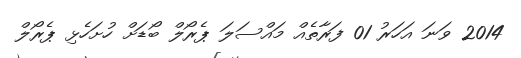
2014 ވަނަ އަހަރު 01 ފަރާތެއް މައްސަލަ ޕެރޯލް ބޯޑަށް ހުށަހެޅި ޕެރޯލް